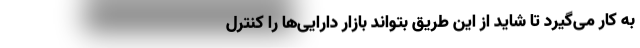
به کار می‌گیرد تا شاید از این طریق بتواند بازار دارایی‌ها را کنترل